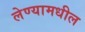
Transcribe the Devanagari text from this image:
लेण्यामधील